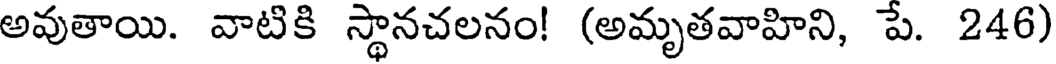
అవుతాయి. వాటికి స్థానచలనం! (అమృతవాహిని, పే. 246)